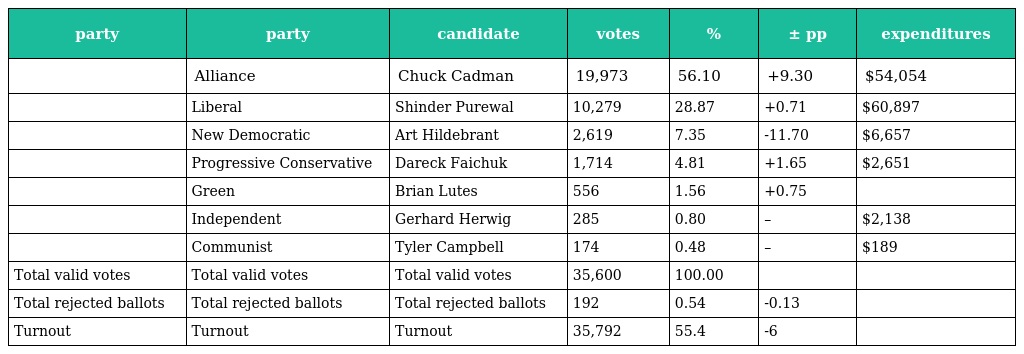
| party | party | candidate | votes | % | ± pp | expenditures |
 | --- | --- | --- | --- | --- | --- | --- |
 |  | Alliance | Chuck Cadman | 19,973 | 56.10 | +9.30 | $54,054 |
 |  | Liberal | Shinder Purewal | 10,279 | 28.87 | +0.71 | $60,897 |
 |  | New Democratic | Art Hildebrant | 2,619 | 7.35 | -11.70 | $6,657 |
 |  | Progressive Conservative | Dareck Faichuk | 1,714 | 4.81 | +1.65 | $2,651 |
 |  | Green | Brian Lutes | 556 | 1.56 | +0.75 |  |
 |  | Independent | Gerhard Herwig | 285 | 0.80 | – | $2,138 |
 |  | Communist | Tyler Campbell | 174 | 0.48 | – | $189 |
 | Total valid votes | Total valid votes | Total valid votes | 35,600 | 100.00 |  |  |
 | Total rejected ballots | Total rejected ballots | Total rejected ballots | 192 | 0.54 | -0.13 |  |
 | Turnout | Turnout | Turnout | 35,792 | 55.4 | -6 |  |